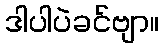
ဒါပါပဲခင်ဗျာ။